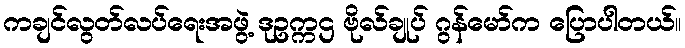
ကချင်လွတ်လပ်ရေးအဖွဲ့ ဒုဥက္ကဌ ဗိုလ်ချုပ် ဂွန်မော်က ပြောပါတယ်။